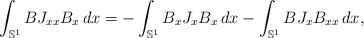
LaTeX: \begin{align*}\int_{\mathbb S^1} BJ_{xx}B_x\, dx= - \int_{\mathbb S^1} B_xJ_{x}B_x\, dx-\int_{\mathbb S^1} BJ_{x}B_{xx}\, dx,\end{align*}